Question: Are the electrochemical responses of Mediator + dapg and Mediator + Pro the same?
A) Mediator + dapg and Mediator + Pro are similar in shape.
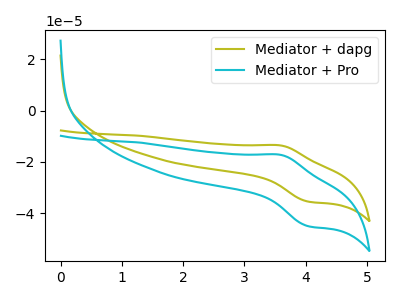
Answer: <think>The olive curve "Mediator + dapg" has an anodic peak at (3.60V, -13.55uA) and a cathodic peak at (4.05V, -35.45uA). The cyan curve "Mediator + Pro" has an anodic peak at (3.60V, -17.25uA) and a cathodic peak at (4.05V, -45.00uA).
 All the peaks in "Mediator + dapg" have a peak in "Mediator + Pro" at the same potential.</think>
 <answer>A) "Mediator + dapg" and "Mediator + Pro" are similar in shape.</answer>
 <eval>A</eval>